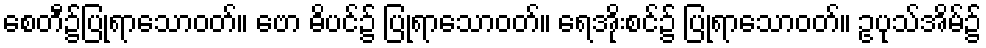
စေတီ၌ပြုရာသောဝတ်။ ဗော ဓိပင်၌ ပြုရာသောဝတ်။ ရေအိုးစင်၌ ပြုရာသောဝတ်။ ဥပုသ်အိမ်၌